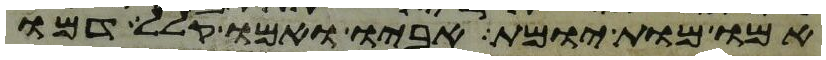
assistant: אמו מות יומת אביו ואמו קלל דמו